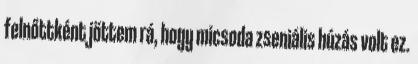
felnőttként jöttem rá, hogy micsoda zseniális húzás volt ez.